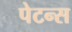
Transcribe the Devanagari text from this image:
पेटन्स